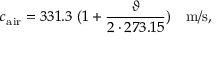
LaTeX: c _ { \mathrm { a i r } } = 3 3 1 . 3 ~ ( 1 + { \frac { \vartheta } { 2 \cdot 2 7 3 . 1 5 } } ) ~ ~ ~ \mathrm { m / s } ,